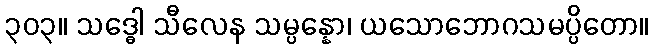
၃၀၃။ သဒ္ဓေါ သီလေန သမ္ပန္နော၊ ယသောဘောဂသမပ္ပိတော။